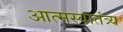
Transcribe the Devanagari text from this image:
आत्मस्वातंत्र्य